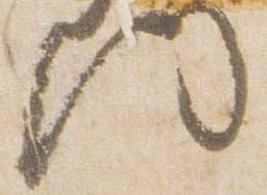
門